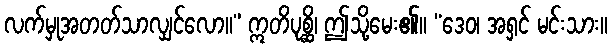
လက်မှုအတတ်သာလျှင်လော။” ဣတိပုစ္ဆိ၊ ဤသို့မေး၏။ “ဒေဝ၊ အရှင် မင်းသား။